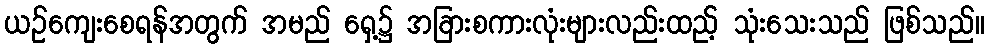
ယဉ်ကျေးစေရန်အတွက် အမည် ရှေ့၌ အခြားစကားလုံးများလည်းထည့် သုံးသေးသည် ဖြစ်သည်။